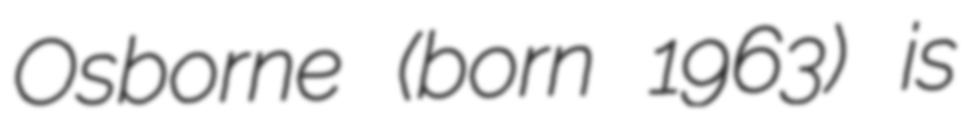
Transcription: Osborne (born 1963) is